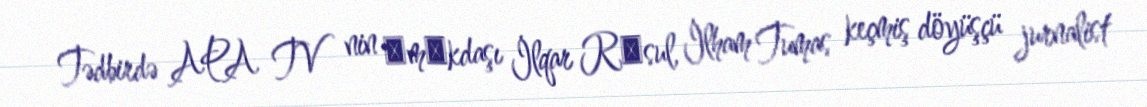
Tədbirdə APA TV nin әmәkdaşı İlqar Rәsul, İlham Tumas keçmiş döyüşçü jurnalist